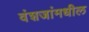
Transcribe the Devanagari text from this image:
वंशजांमधील